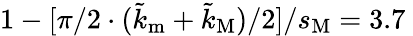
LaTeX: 1-[\pi/2\cdot(\tilde{k}_{\mathrm{m}}+\tilde{k}_{\mathrm{M}})/2]/s_{\mathrm{M}}=3.7\